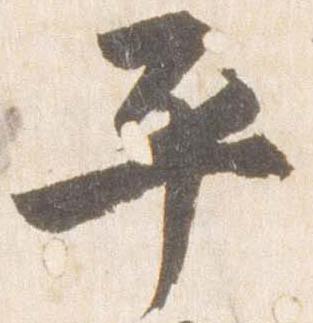
平